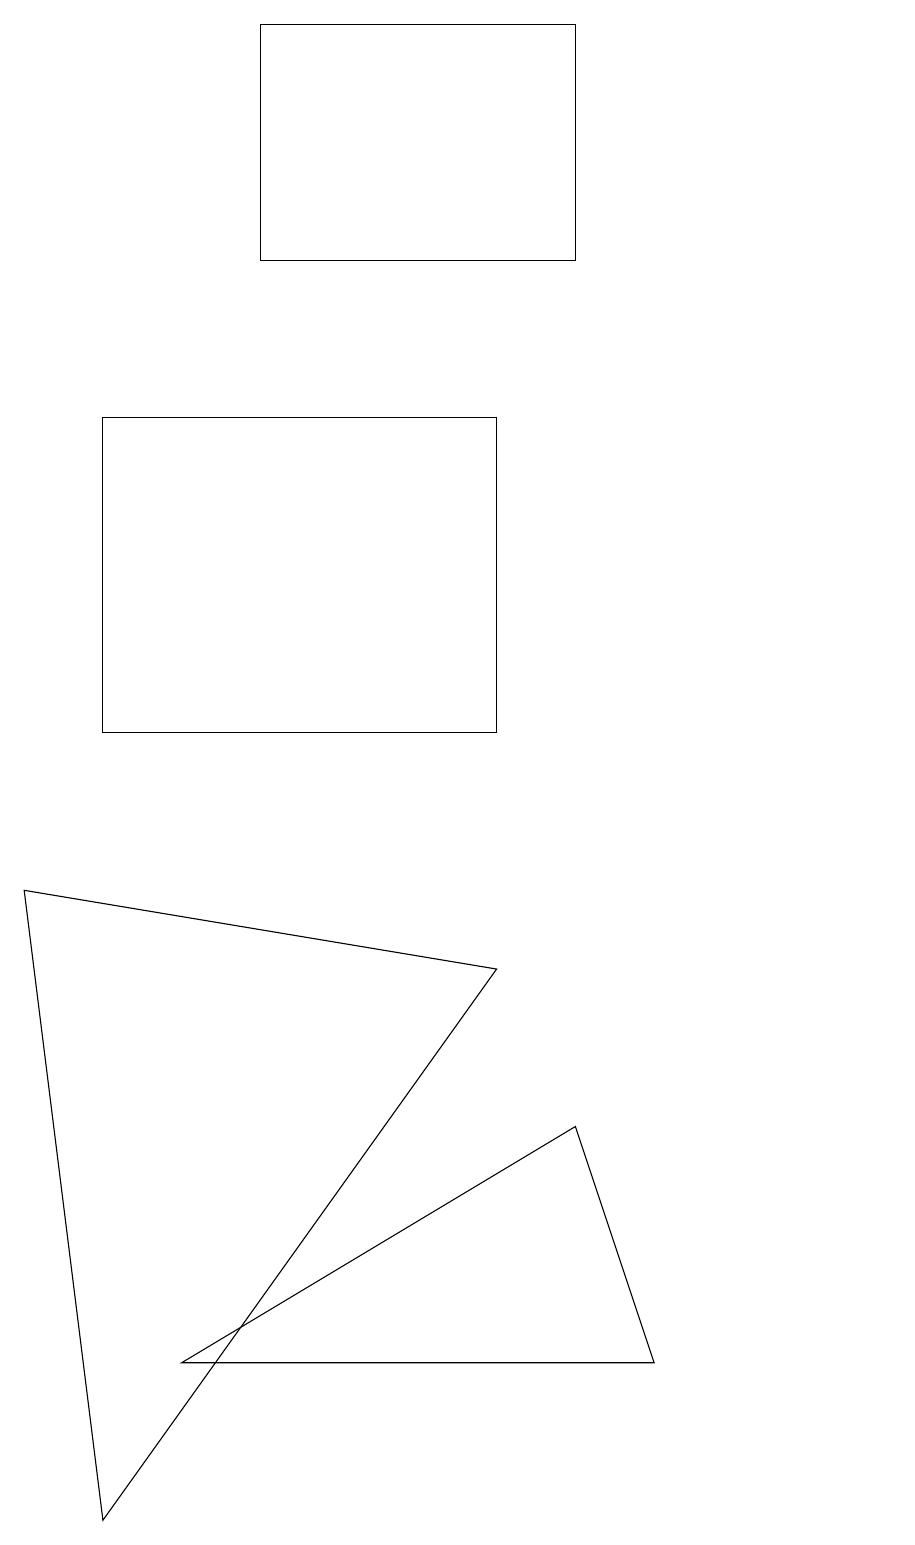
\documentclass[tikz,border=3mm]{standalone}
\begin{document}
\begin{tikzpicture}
\draw (4,16) rectangle (8,19);
\draw (2,14) rectangle (7,10);
\draw (12,10) circle (0);
\draw (3,2) -- (8,5) -- (9,2) -- cycle;
\draw (7,7) -- (2,0) -- (1,8) -- cycle;
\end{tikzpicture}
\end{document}